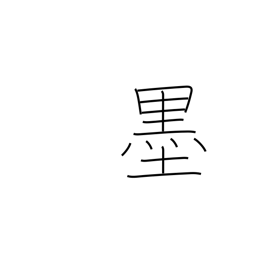
Meaning: Mexico